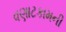
વણાટકામની